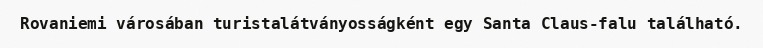
Rovaniemi városában turistalátványosságként egy Santa Claus-falu található.